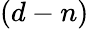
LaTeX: (d-n)